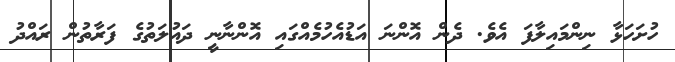
ހުށަަހަޅާ ނިންމައިލާފަ އެވެ. ދެން އޮންނަ އަޑުއެހުމެއްގައި އޮންނާނީ ދައުލަތުގެ ފަރާތުން ރައްދު